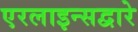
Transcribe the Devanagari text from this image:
एरलाइन्सद्वारे